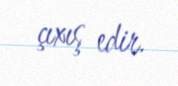
çıxış edir.